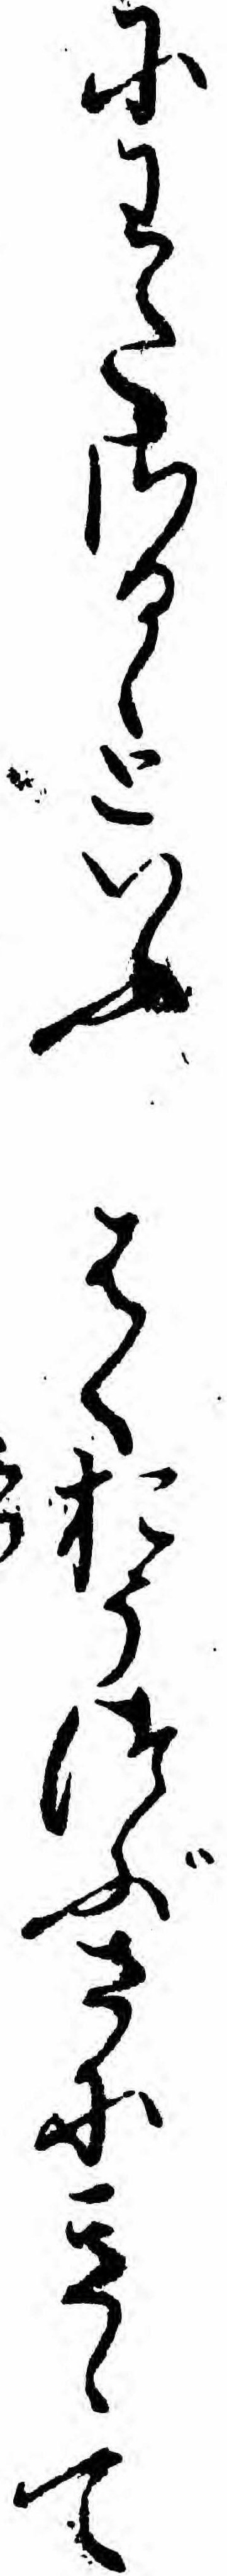
にわたさるゝといふはくおうつぶさにきゝて